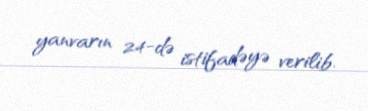
yanvarın 24-də istifadəyə verilib.